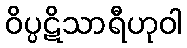
ဝိပ္ပဋိသာရီဟုဝါ